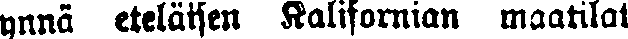
ynnä eteläisen Kalifornian maatilat